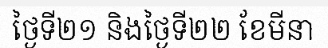
ថ្ងៃទី២១ និងថ្ងៃទី២២ ខែមីនា